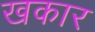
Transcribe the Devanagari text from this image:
खकार